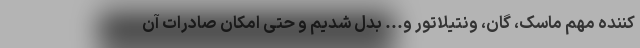
کننده مهم ماسک، گان، ونتیلاتور و... بدل شدیم و حتی امکان صادرات آن